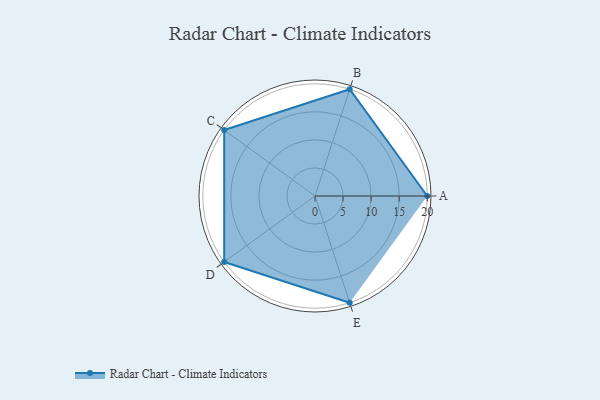
{"axis": {"x": "Skill", "y": "Score"}, "legend": ["Profile"], "data": [{"x": "A", "y": 20.0, "type": "Profile"}, {"x": "B", "y": 20, "type": "Profile"}, {"x": "C", "y": 20, "type": "Profile"}, {"x": "D", "y": 20, "type": "Profile"}, {"x": "E", "y": 20, "type": "Profile"}]}